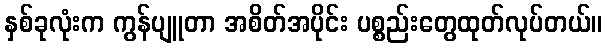
နှစ်ခုလုံးက ကွန်ပျူတာ အစိတ်အပိုင်း ပစ္စည်းတွေထုတ်လုပ်တယ်။